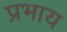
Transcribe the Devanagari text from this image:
प्रभाय